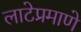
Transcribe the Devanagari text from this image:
लाटेप्रमाणे